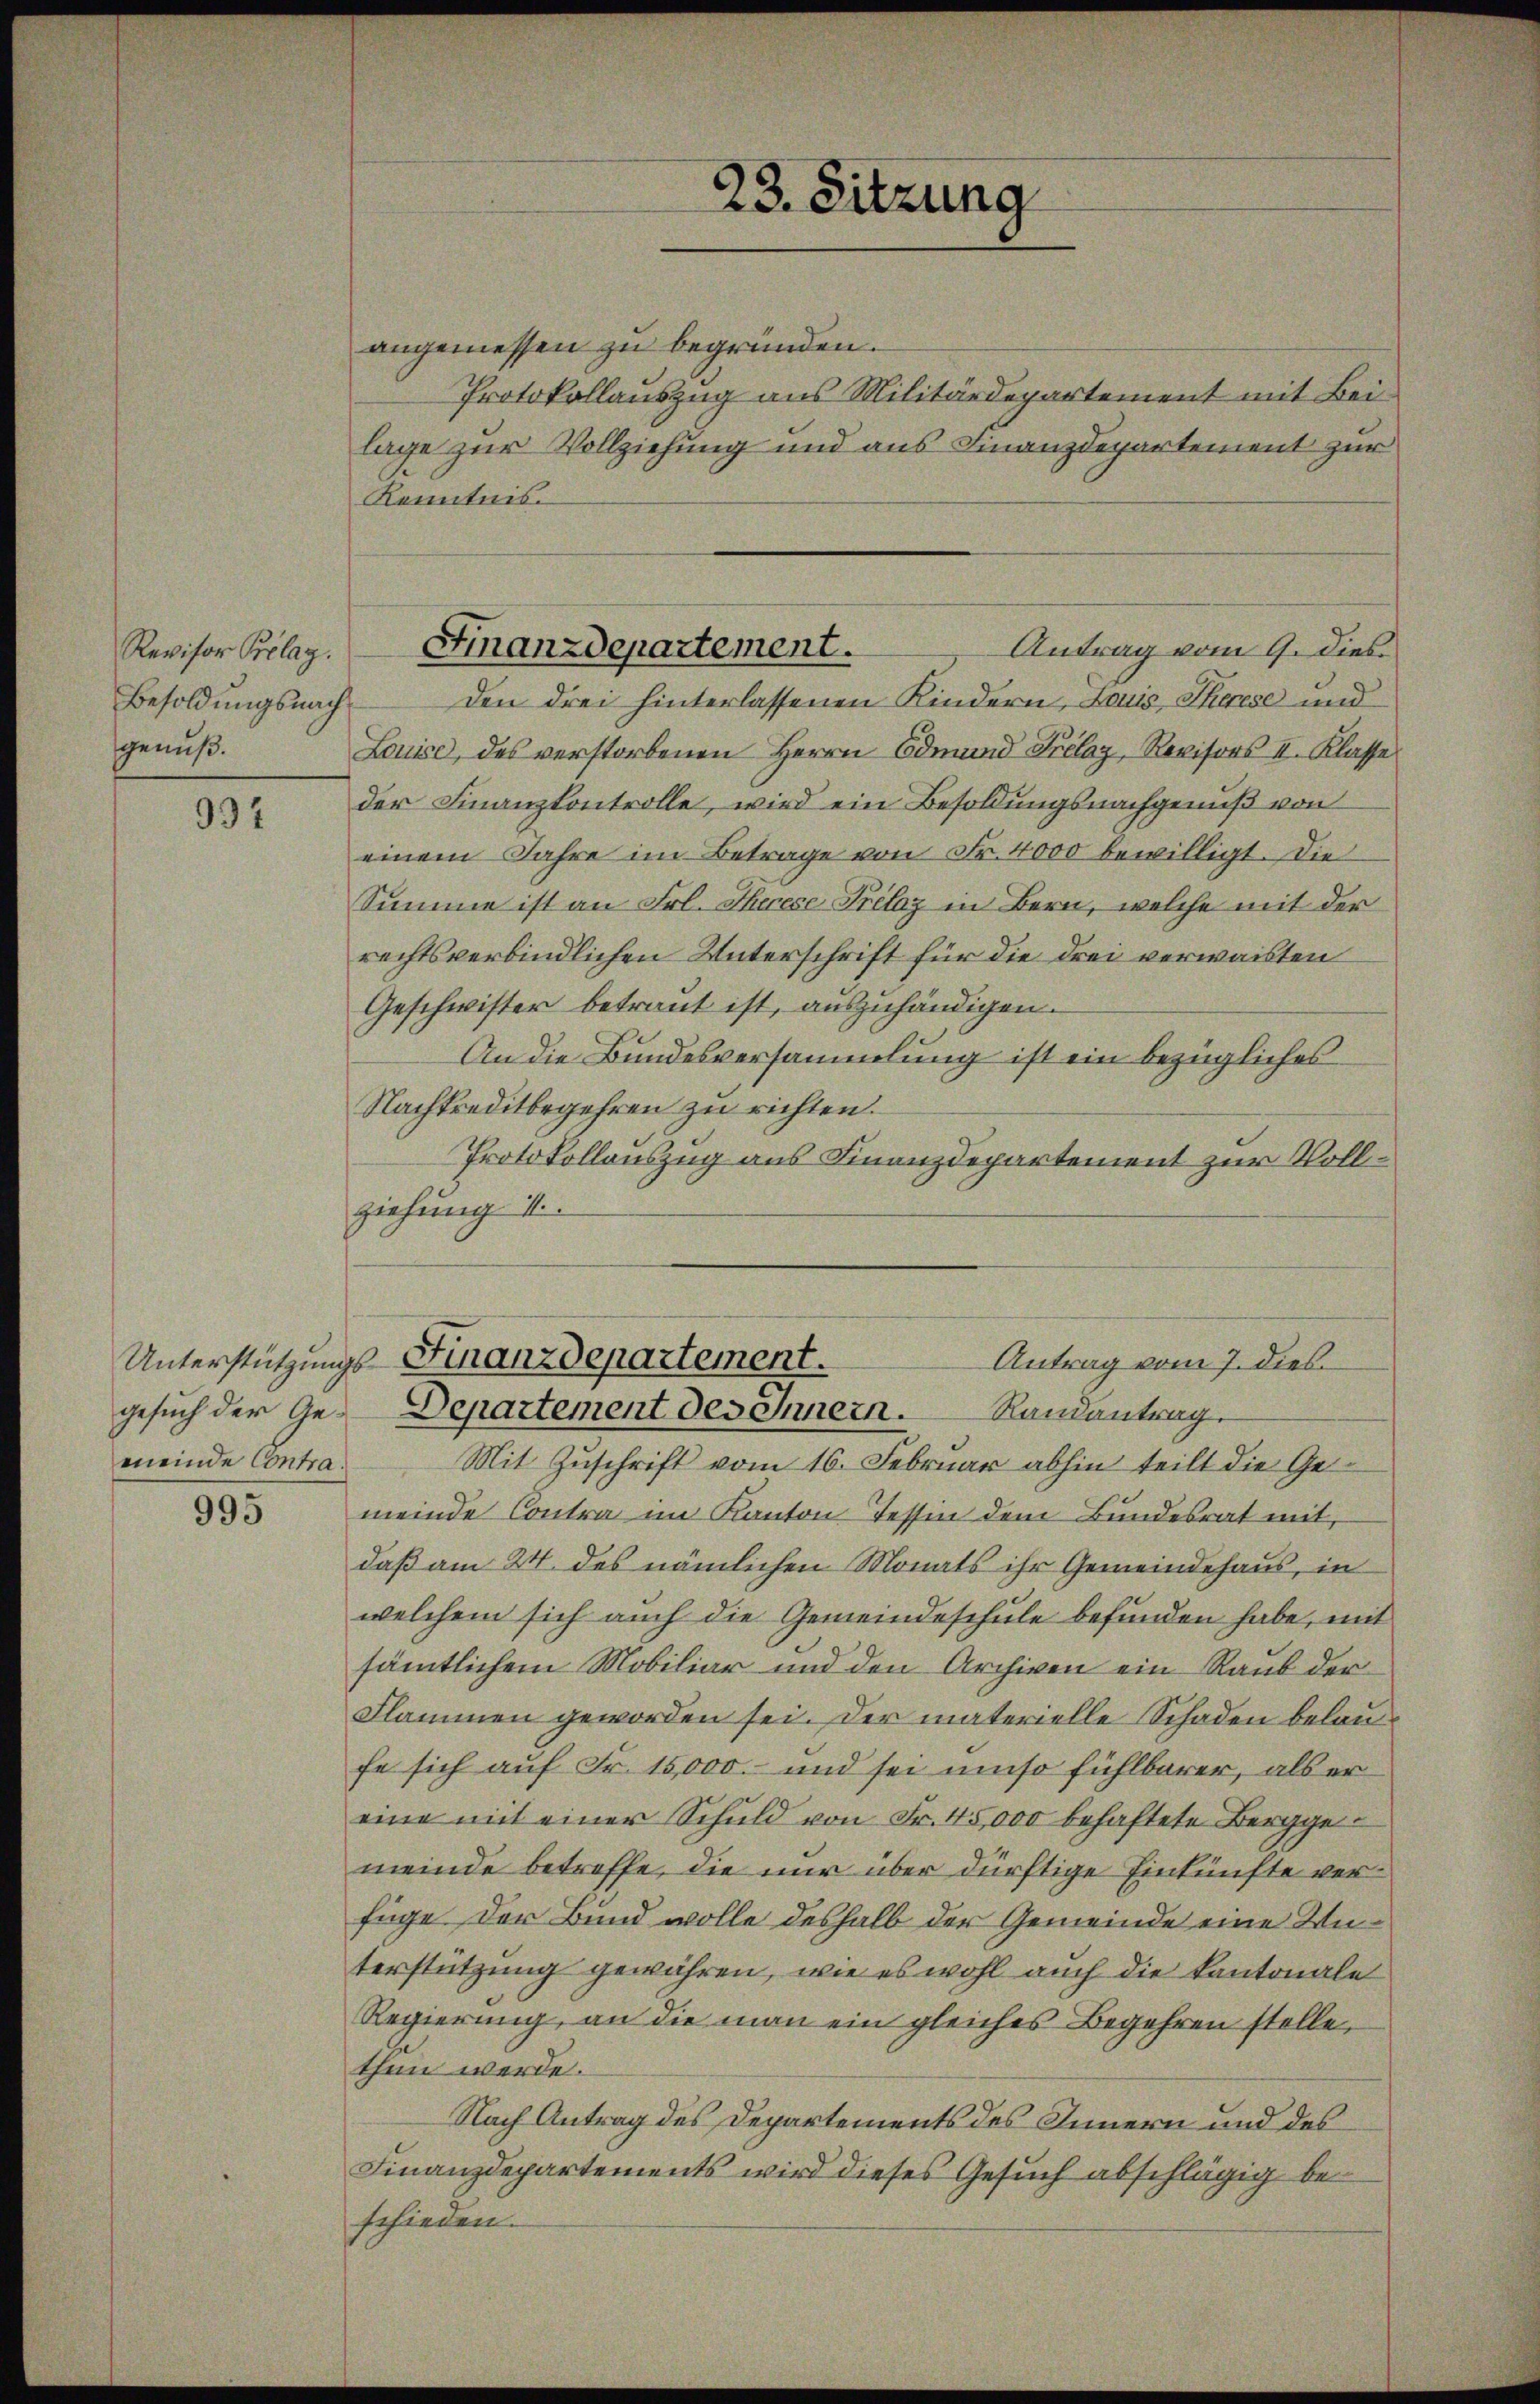
Revisor Belag.
Besoldungsnach.
genuß.

997

meinde Contra

995

angemessen zu begründen.
Protokollauszug aus Militärdepartement mit Bei-
lage zur Vollziehung und aus Finanzdepartement zur
Kenntnis.
den drei hinterlassenen Kindern, Louis Therese und
Louise, des verstorbenen Herrn Odmund Prelaz, Revisors II. Klasse
der Finanzkontrolle, wird ein Besoldungsnachgenuß von
einem Jahre im Betrage von Fr. 4000 bewilligt. Die
Summe ist an Frl. Therese Prélaz in Bern, welche mit der
rechtsverbindlichen Unterschrift für die drei verwaisten
Geschwister betraut ist, auszuhändigen.
An die Bundesversammlung ist ein bezügliches
Nachtreditbegehren zu richten.
Protokollonszug aus Finanzdepartement zur Vollziehung 1
Unterstützungs-Finanzdepartement.
Antrag vom 7. dies
gesuch der Ge-Departement des Innern.
Randantrag.
Mit Zuschrift vom 16. Februar abhin teilt die Ge
meinde Contra im Kanton Tessin dem Bundesrat mit,
daß am 24. des nämlichen Monats ihr Gemeindehaus, in
welchem sich auch die Gemeindeschule befunden habe, mit
sämtlichem Mobiliar und den Archiven ein Raub der
Flammen geworden sei. Der materielle Schaden belaufe sich auf Fr. 15,000.- und sei umso fühlbarer, als er
eine mit einer Schuld von Fr. 45,000 behaftete Berggemeinde betreffe, die nur über dürftige Einkünfte verfüge der Bund wolle deshalb der Gemeinde eine Weterstützung gewähren, wie es wohl auch die kantonale
Regierung, an die man ein gleiches Begehren stelle.
then werde.
Nach Antrag des Departements des Innern und des
Finanzdepartements wird dieses Gesuch abschlägig beschieden.

23. Sitzung

Finanzdepartement.
Antrag vom 9. dies